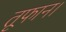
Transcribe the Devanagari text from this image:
तूफान।